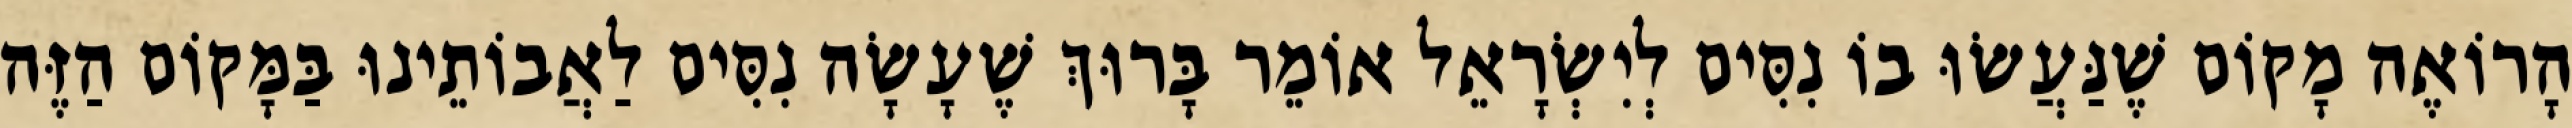
הָרוֹאֶה מָקוֹם שֶׁנַּעֲשׂוּ בוֹ נִסִּים לְיִשְׂרָאֵל אוֹמֵר בָּרוּךְ שֶׁעָשָׂה נִסִּים לַאֲבוֹתֵינוּ בַּמָּקוֹם הַזֶּה